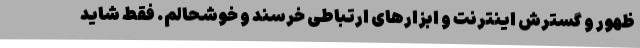
ظهور و گسترش اینترنت و ابزارهای ارتباطی خرسند و خوشحالم. فقط شاید